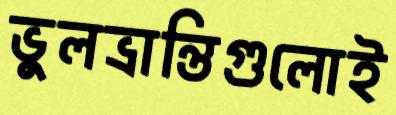
ভুলভ্রান্তিগুলোই